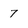
Character: 7